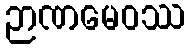
ဉာဏမေဝဿ